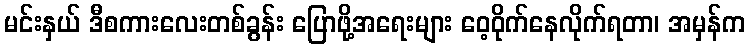
မင်းနှယ် ဒီစကားလေးတစ်ခွန်း ပြောဖို့အရေးများ ဝေ့ဝိုက်နေလိုက်ရတာ၊ အမှန်က